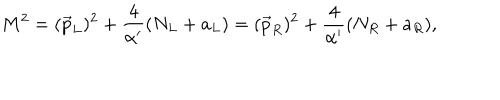
LaTeX: M ^ { 2 } = ( \vec { p } _ { L } ) ^ { 2 } + { \frac { 4 } { \alpha ^ { \prime } } } ( N _ { L } + a _ { L } ) = ( \vec { p } _ { R } ) ^ { 2 } + { \frac { 4 } { \alpha ^ { \prime } } } ( N _ { R } + a _ { R } ) ,